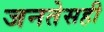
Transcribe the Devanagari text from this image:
जनतेसही